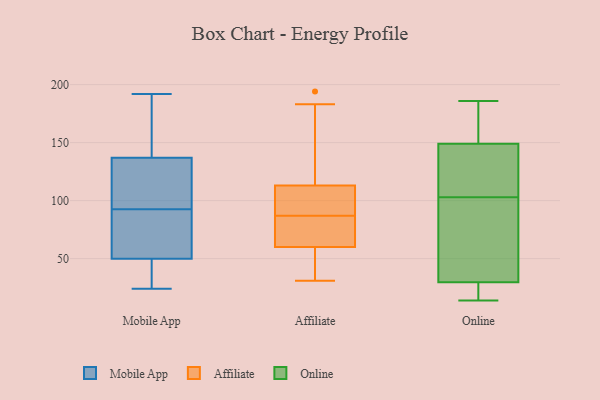
{"axis": {"x": "Inventory Turnover", "y": "Value"}, "legend": ["Affiliate", "Mobile App", "Online"], "data": [{"x": "", "y": 143, "type": "Mobile App"}, {"x": "", "y": 49, "type": "Mobile App"}, {"x": "", "y": 105, "type": "Mobile App"}, {"x": "", "y": 179, "type": "Mobile App"}, {"x": "", "y": 137, "type": "Mobile App"}, {"x": "", "y": 47, "type": "Mobile App"}, {"x": "", "y": 91, "type": "Mobile App"}, {"x": "", "y": 192, "type": "Mobile App"}, {"x": "", "y": 81, "type": "Mobile App"}, {"x": "", "y": 50, "type": "Mobile App"}, {"x": "", "y": 158, "type": "Mobile App"}, {"x": "", "y": 24, "type": "Mobile App"}, {"x": "", "y": 94, "type": "Mobile App"}, {"x": "", "y": 26, "type": "Mobile App"}, {"x": "", "y": 108, "type": "Mobile App"}, {"x": "", "y": 55, "type": "Mobile App"}, {"x": "", "y": 112, "type": "Mobile App"}, {"x": "", "y": 69, "type": "Mobile App"}, {"x": "", "y": 31, "type": "Affiliate"}, {"x": "", "y": 176, "type": "Affiliate"}, {"x": "", "y": 70, "type": "Affiliate"}, {"x": "", "y": 112, "type": "Affiliate"}, {"x": "", "y": 52, "type": "Affiliate"}, {"x": "", "y": 105, "type": "Affiliate"}, {"x": "", "y": 61, "type": "Affiliate"}, {"x": "", "y": 97, "type": "Affiliate"}, {"x": "", "y": 183, "type": "Affiliate"}, {"x": "", "y": 66, "type": "Affiliate"}, {"x": "", "y": 59, "type": "Affiliate"}, {"x": "", "y": 77, "type": "Affiliate"}, {"x": "", "y": 148, "type": "Affiliate"}, {"x": "", "y": 86, "type": "Affiliate"}, {"x": "", "y": 59, "type": "Affiliate"}, {"x": "", "y": 114, "type": "Affiliate"}, {"x": "", "y": 36, "type": "Affiliate"}, {"x": "", "y": 107, "type": "Affiliate"}, {"x": "", "y": 88, "type": "Affiliate"}, {"x": "", "y": 194, "type": "Affiliate"}, {"x": "", "y": 31, "type": "Online"}, {"x": "", "y": 186, "type": "Online"}, {"x": "", "y": 76, "type": "Online"}, {"x": "", "y": 20, "type": "Online"}, {"x": "", "y": 167, "type": "Online"}, {"x": "", "y": 97, "type": "Online"}, {"x": "", "y": 146, "type": "Online"}, {"x": "", "y": 145, "type": "Online"}, {"x": "", "y": 103, "type": "Online"}, {"x": "", "y": 19, "type": "Online"}, {"x": "", "y": 26, "type": "Online"}, {"x": "", "y": 107, "type": "Online"}, {"x": "", "y": 146, "type": "Online"}, {"x": "", "y": 158, "type": "Online"}, {"x": "", "y": 97, "type": "Online"}, {"x": "", "y": 181, "type": "Online"}, {"x": "", "y": 14, "type": "Online"}]}